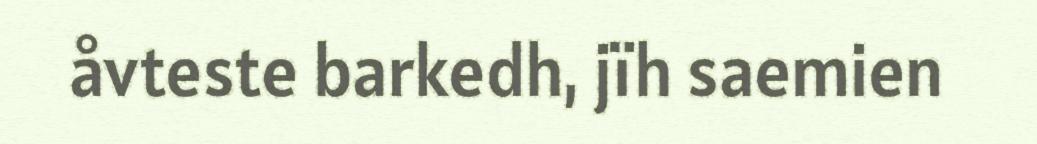
åvteste barkedh, jïh saemien